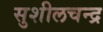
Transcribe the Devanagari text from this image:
सुशीलचन्द्र